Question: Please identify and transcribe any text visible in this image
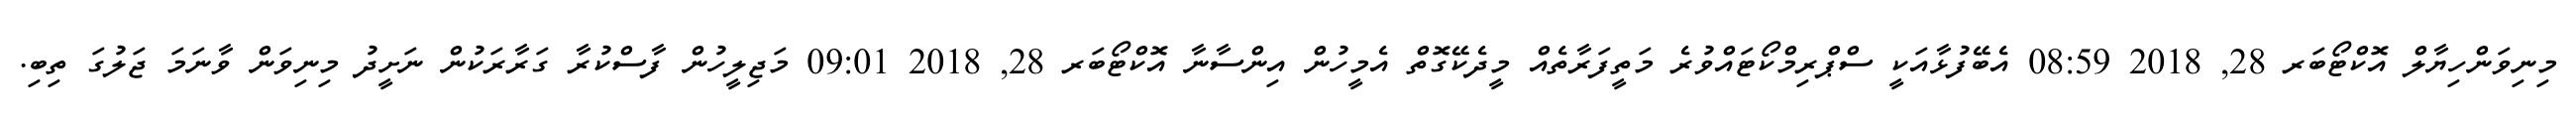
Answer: މިނިވަންހިޔާލް އޮކްޓޯބަރ 28, 2018 08:59 އެބޭފުޅާއަކީ ސްޕްރިމްކޯޓައްވުރެ މަތީފަރާތެއް މީދެކޭގޮތް އެމީހުން އިންސާނާ އޮކްޓޯބަރ 28, 2018 09:01 މަޖިލީހުން ފާސްކުރާ ގަރާރަކުން ނަށީދު މިނިވަން ވާނަމަ ޖަލުގަ ތިބި.